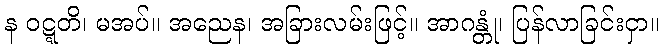
န ဝဋ္ဋတိ၊ မအပ်။ အညေန၊ အခြားလမ်းဖြင့်။ အာဂန္တုံ၊ ပြန်လာခြင်းငှာ။